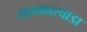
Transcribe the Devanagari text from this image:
सावकारवाडा